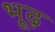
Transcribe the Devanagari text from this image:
भूढ़